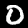
Label: 0